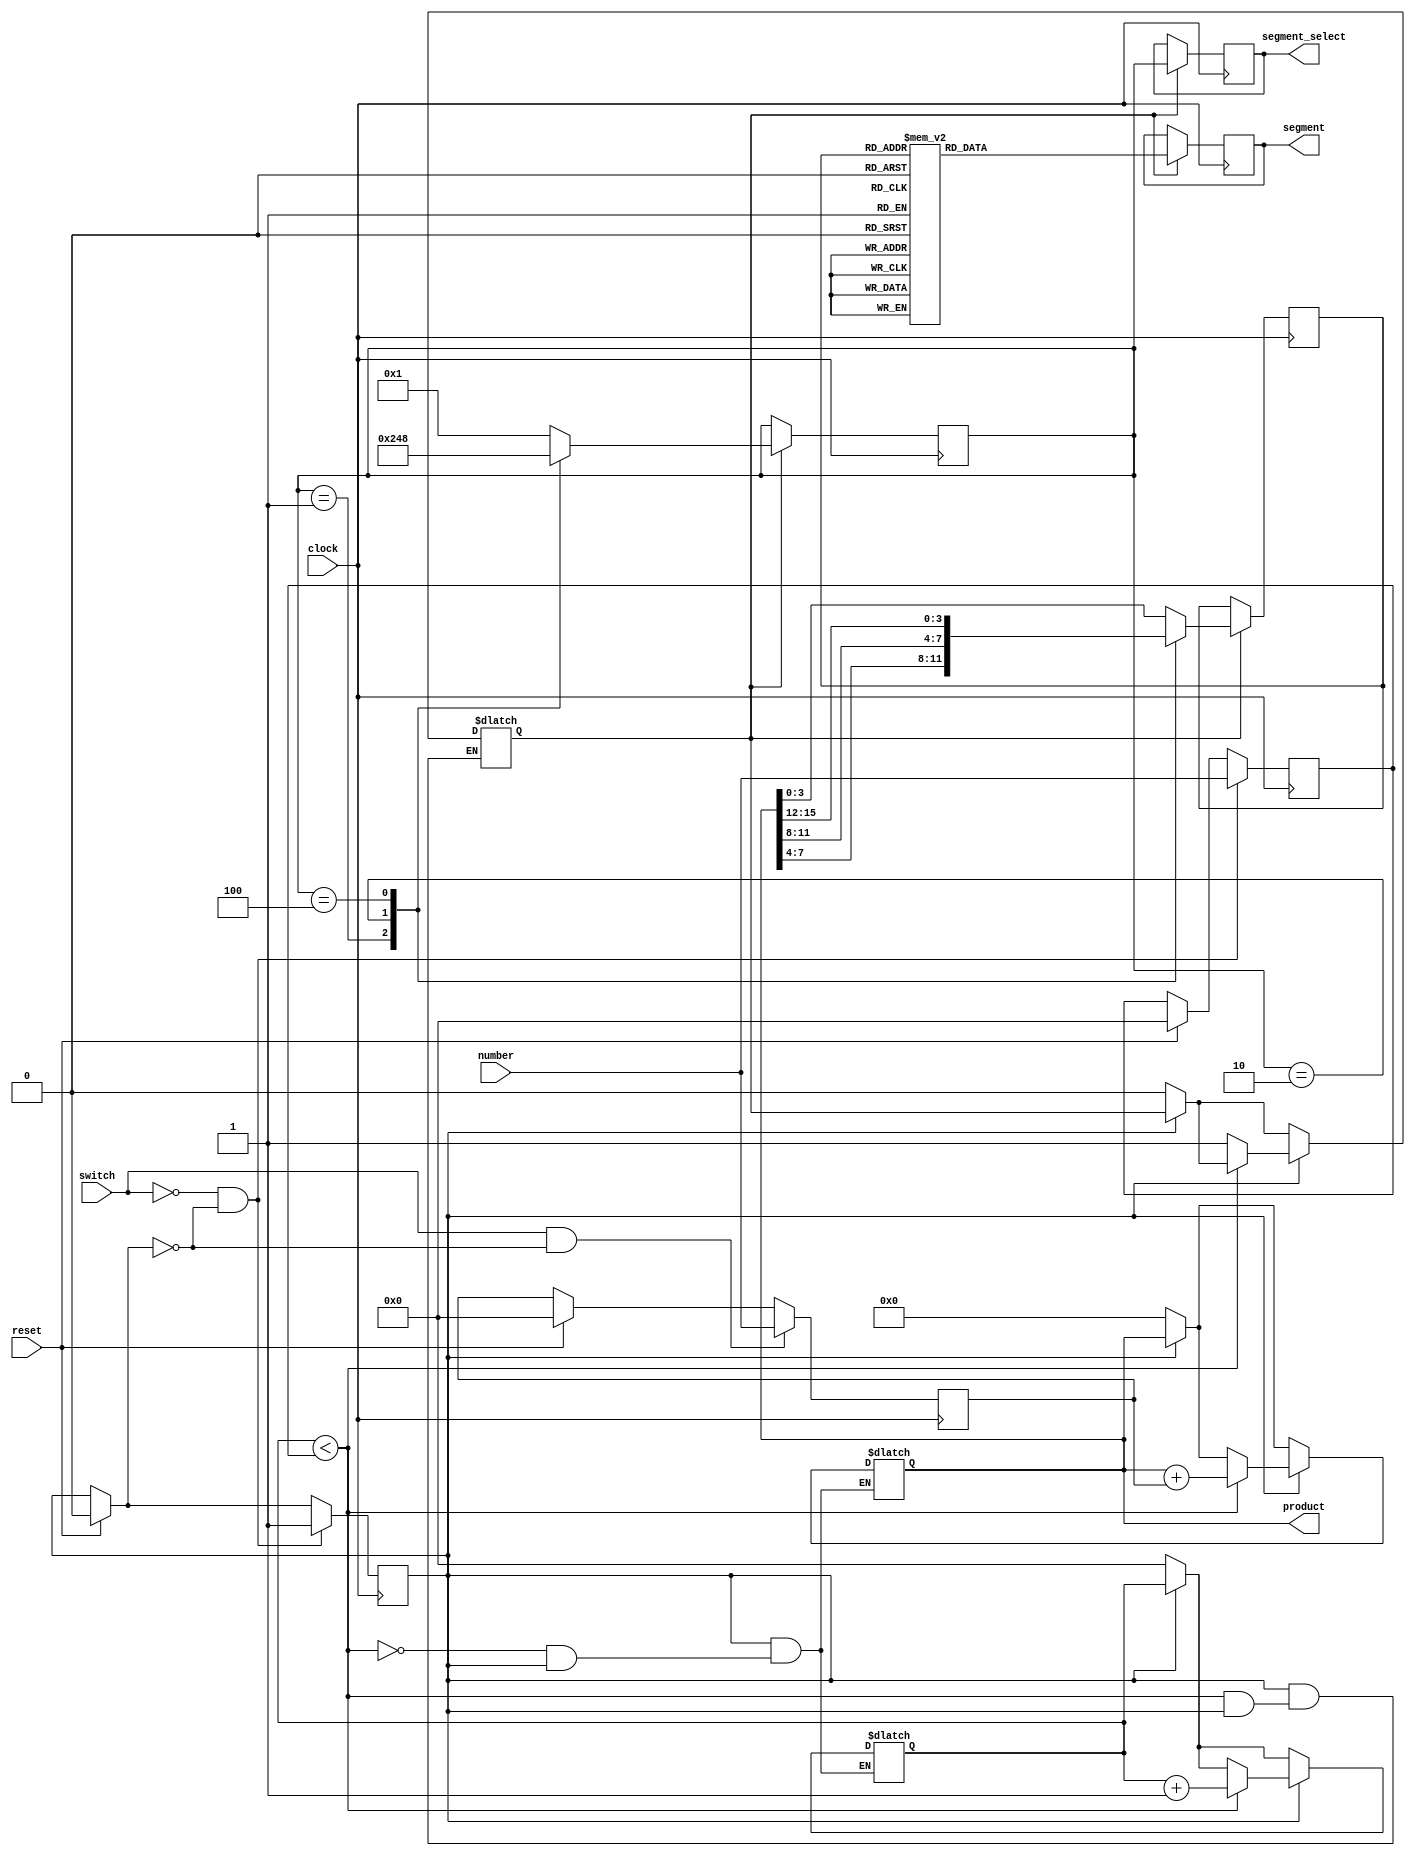
module multiplier(
                input clock,
                input reset,
                input switch,
                input [7:0] number,
                output reg[6:0] segment,
                output reg[3:0] segment_select,
                output reg[15:0] product
                    );
    reg [7:0] num1;
    reg [7:0] num2;
    // reg [15:0] product;
    reg [7:0] counter_multiplication;
    reg values_done;
    reg multi_done;
  	reg [3:0] current_digit;           
  	reg [3:0] digit;
    //parameter D = 4'b0001;D2 = 4'b0010, D3 = 4'b0100, D4 = 4'b1000;
    
    always @(posedge clock)
      begin
        if (reset)
          begin
            num1 <= 0;
            num2 <= 0;
            values_done = 1'b0;
          end
        if ((switch && ~values_done))
          begin
            num1 <= number;
          end
        if ((~switch && ~values_done))
          begin
            num2 <= number;
            values_done = 1'b1;
          end
      end

  always @(clock)
      begin
        if(~values_done)
          begin
            product <= 0;
            counter_multiplication <= 0;
            multi_done <= 1'b0;
          end
        if (values_done)
          begin
            if (counter_multiplication < num2)
              begin
                product <= product + num1;
                counter_multiplication <= counter_multiplication + 1;
              end
            else
              begin
                multi_done <= 1'b1;
              end
          end
      end

  always @(posedge clock)
       begin
         if(multi_done)
           begin
             case (current_digit)
               4'b0001 : begin
                 digit <= product[7:4];
                 current_digit <= 4'b0010;
               end
               4'b0010 : begin
                 digit <= product[11:8];
                 current_digit <= 4'b0100;
               end
               4'b0100 : begin
                 digit <= product[15:12];
                 current_digit <= 4'b1000;
               end
               4'b1000 : begin
                 digit <= product[3:0];
                 current_digit <= 4'b0001;
               end
               default : begin
                 digit <= product[3:0];
                 current_digit <= 4'b0001;
               end
             endcase
			segment_select <= current_digit;
             case (digit)
               4'b0000 : segment <= ~7'b0000001;
               4'b0001 : segment <= ~7'b1001111;
               4'b0010 : segment <= ~7'b0010010;
               4'b0011 : segment <= ~7'b0000110;
               4'b0100 : segment <= ~7'b1001100;
               4'b0101 : segment <= ~7'b0100100;
               4'b0110 : segment <= ~7'b0100000;
               4'b0111 : segment <= ~7'b0001111;
               4'b1000 : segment <= ~7'b0000000;
               4'b1001 : segment <= ~7'b0000100;
               4'b1010 : segment <= 7'b0011101;
               4'b1011 : segment <= 7'b0011111;
               4'b1100 : segment <= 7'b1001110;
               4'b1101 : segment <= 7'b0111101;
               4'b1110 : segment <= 7'b1101111;
               4'b1111 : segment <= 7'b1000111;
               default : segment <= ~7'b1111111;
             endcase
           end
       end
endmodule